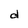
Character: d